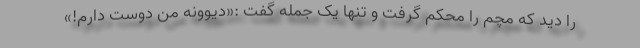
را دید که مچم را محکم گرفت و تنها یک جمله گفت :«دیوونه من دوسِت دارم!»